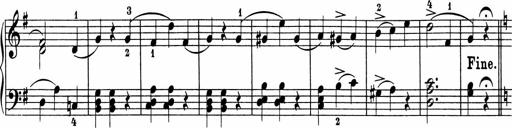
Title: 5 Sonatinen fÃ¼r die Jugend
Composer: Carl Reinecke